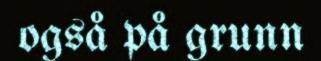
også på grunn